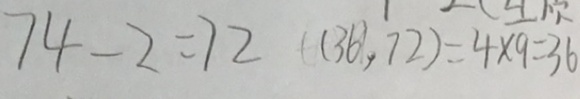
7 4 - 2 = 7 2 ( 3 6 , 7 2 ) = 4 \times 9 = 3 6